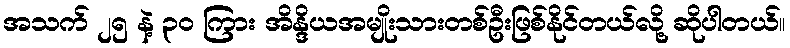
အသက် ၂၅ နဲ့ ၃၀ ကြား အိန္ဒိယအမျိုးသားတစ်ဦးဖြစ်နိုင်တယ်လို့ ဆိုပါတယ်။